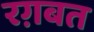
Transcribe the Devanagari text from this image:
रग़बत